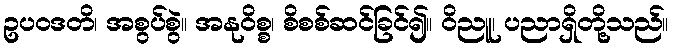
ဥပဝဒတိ၊ အစွပ်စွဲ။ အနုဝိစ္စ၊ စိစစ်ဆင်ခြင်၍။ ဝိညူ၊ ပညာရှိတို့သည်။